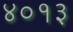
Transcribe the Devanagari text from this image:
४०१३